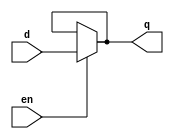
/**************************************************
P1.1 D-LATCH DATAFLOW
************************************************/

module dlatch_df(q,d,en);

	input en,d;
	output q;

assign q = en?d:q;

endmodule